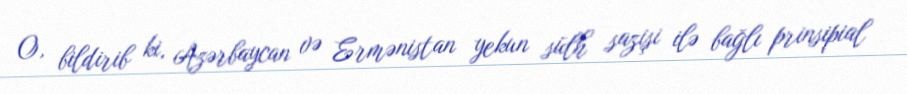
O, bildirib ki, Azərbaycan və Ermənistan yekun sülh sazişi ilə bağlı prinsipial